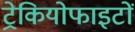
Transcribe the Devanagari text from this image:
ट्रेकियोफाइटों